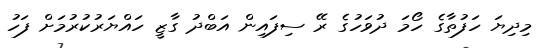
މިދިޔަ ހަފުތާގެ ހޯމަ ދުވަހުގެ ރޭ ސިފައިން އަބްދު ގާޒީ ހައްޔަރުކުރުމަށް ފަހު